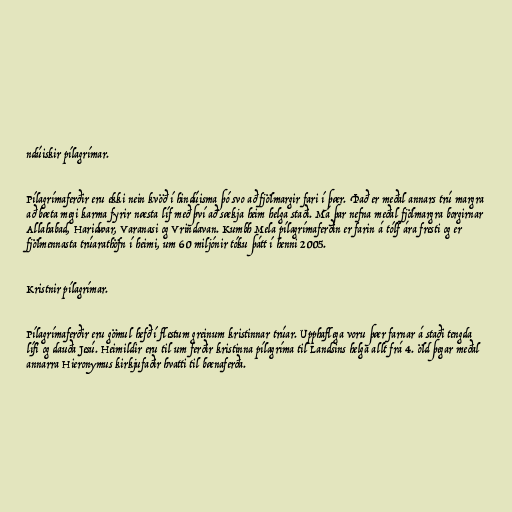
ndúiskir pílagrímar.

Pílagrímaferðir eru ekki nein kvöð í hindúisma þó svo að fjölmargir fari í þær. Það er meðal annars trú margra
að bæta megi karma fyrir næsta líf með því að sækja heim helga staði. Má þar nefna meðal fjölmargra borgirnar
Allahabad, Haridwar, Varanasi og Vrindavan. Kumbh Mela pílagrímaferðin er farin á tólf ára fresti og er
fjölmennasta trúarathöfn í heimi, um 60 miljónir tóku þátt í henni 2005.

Kristnir pílagrímar.

Pílagrímaferðir eru gömul hefð í flestum greinum kristinnar trúar. Upphaflega voru þær farnar á staði tengda
lífi og dauða Jesú. Heimildir eru til um ferðir kristinna pílagríma til Landsins helga allt frá 4. öld þegar meðal
annarra Hieronymus kirkjufaðir hvatti til bænaferða.